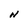
Character: N